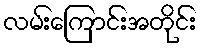
လမ်းကြောင်းအတိုင်း